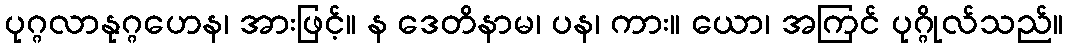
ပုဂ္ဂလာနုဂ္ဂဟေန၊ အားဖြင့်။ န ဒေတိနာမ၊ ပန၊ ကား။ ယော၊ အကြင် ပုဂ္ဂိုလ်သည်။